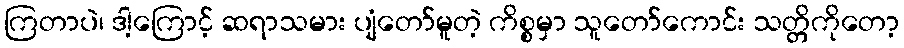
ကြတာပဲ၊ ဒါ့ကြောင့် ဆရာသမား ပျံတော်မူတဲ့ ကိစ္စမှာ သူတော်ကောင်း သတ္တိကိုတော့